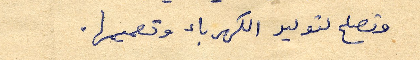
وتصلح لتوليد الكهرباء وتعميمها.